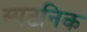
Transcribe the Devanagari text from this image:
स्पटनिक